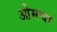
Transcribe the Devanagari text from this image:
ओमचा